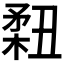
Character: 𥍳